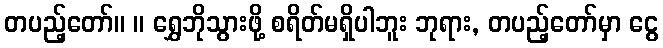
တပည့်တော်။ ။ ရွှေဘိုသွားဖို့ စရိတ်မရှိပါဘူး ဘုရား, တပည့်တော်မှာ ငွေ